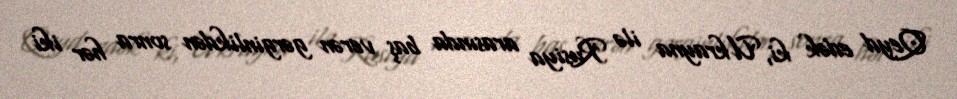
Qeyd edək ki, Ukrayna ilə Rusiya arasında baş verən gərginlikdən sonra hər iki